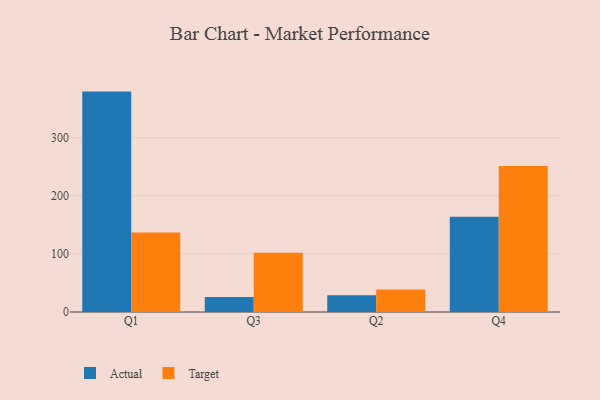
{"axis": {"x": "Quarter", "y": "Shipments"}, "legend": ["Actual", "Target"], "data": [{"x": "Q1", "y": 379.2, "type": "Actual"}, {"x": "Q1", "y": 136.8, "type": "Target"}, {"x": "Q3", "y": 25.6, "type": "Actual"}, {"x": "Q3", "y": 101.9, "type": "Target"}, {"x": "Q2", "y": 29.0, "type": "Actual"}, {"x": "Q2", "y": 38.5, "type": "Target"}, {"x": "Q4", "y": 163.8, "type": "Actual"}, {"x": "Q4", "y": 251.2, "type": "Target"}]}